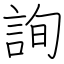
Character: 詢